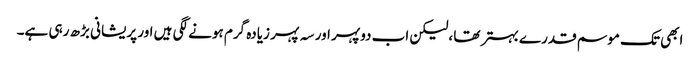
ابھی تک موسم قدرے بہتر تھا ،لیکن اب دوپہر اور سہ پہر زیادہ گرم ہونے لگی ہیں اور پریشانی بڑھ رہی ہے۔